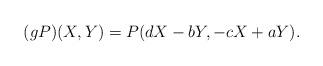
LaTeX: \begin{align*} (gP)(X,Y)=P(dX-bY,-cX+aY). \end{align*}